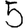
Digit: 5